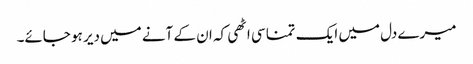
میرے دل میں ایک تمنا سی اٹھی کہ ان کے آنے میں دیر ہو جائے۔